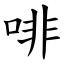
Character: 啡